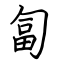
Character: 匐